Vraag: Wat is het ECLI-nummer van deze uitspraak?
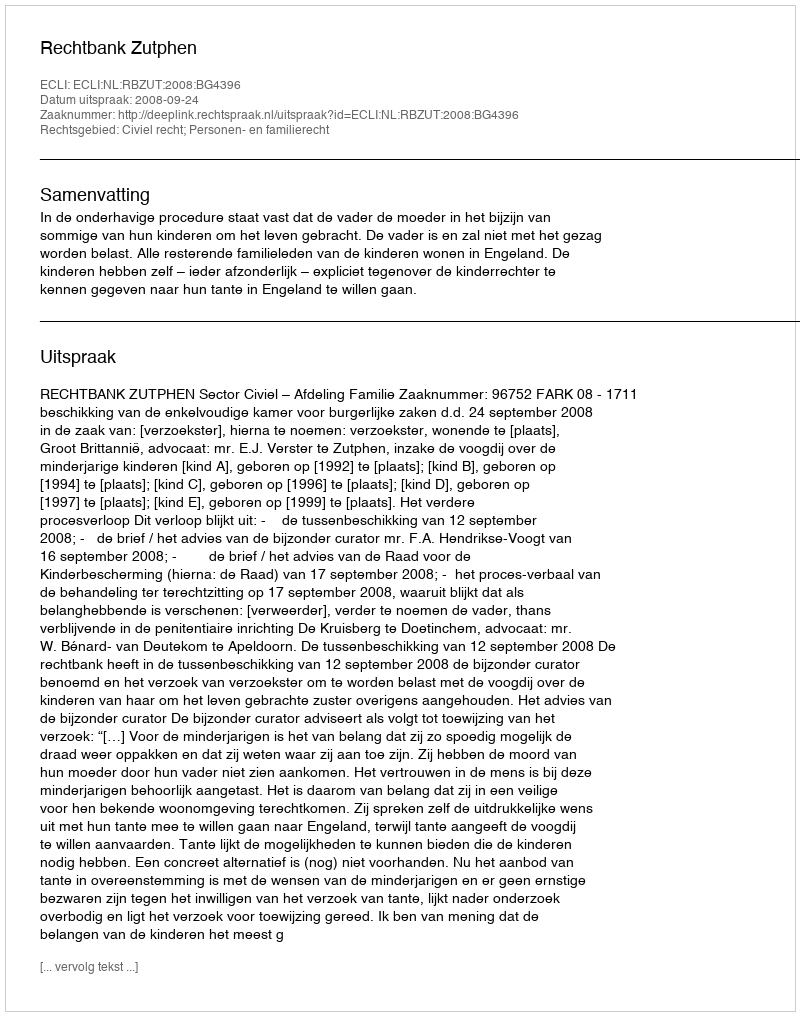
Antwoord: ECLI:NL:RBZUT:2008:BG4396